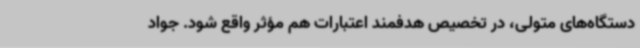
دستگاه‌های متولی، در تخصیص هدفمند اعتبارات هم مؤثر واقع شود. جواد